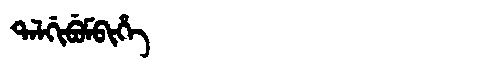
Manchu: ᡨᠠᠯᡤᡳᠪᡠᠮᠪᡳᡥᡝ
Romanization: TALGIBUMBIHE